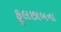
ફૂલછાબના